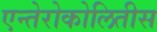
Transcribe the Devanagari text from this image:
एन्तेरोकोलितीस